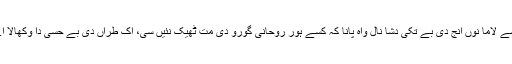
کسے لاما نوں انج دی بے تکی دَشا نال واہ پانا کہ کسے ہور روحانی گورو دی مت ٹھیک نئیں سی، اک طراں دی بے حسی دا وکھالا اے۔